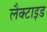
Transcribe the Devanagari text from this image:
लैक्टाइड